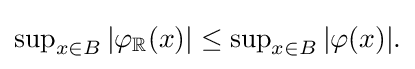
{\textstyle \sup _{x\in B}\left|\varphi _{\mathbb {R} }(x)\right|\leq \sup _{x\in B}|\varphi (x)|.}